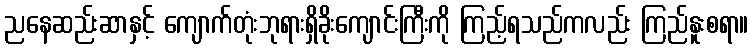
ညနေဆည်းဆာနှင့် ကျောက်တုံးဘုရားရှိခိုးကျောင်းကြီးကို ကြည့်ရသည်ကလည်း ကြည်နူးစရာ။